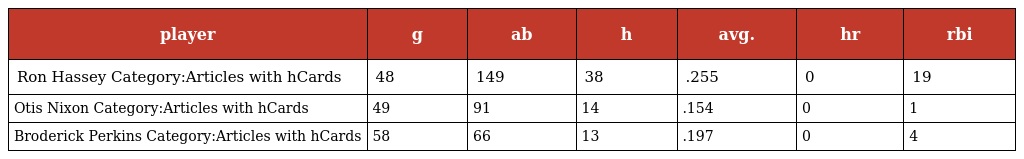
| player | g | ab | h | avg. | hr | rbi |
 | --- | --- | --- | --- | --- | --- | --- |
 | Ron Hassey Category:Articles with hCards | 48 | 149 | 38 | .255 | 0 | 19 |
 | Otis Nixon Category:Articles with hCards | 49 | 91 | 14 | .154 | 0 | 1 |
 | Broderick Perkins Category:Articles with hCards | 58 | 66 | 13 | .197 | 0 | 4 |